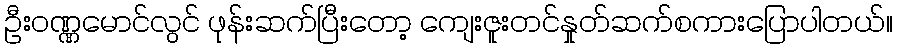
ဦးဝဏ္ဏမောင်လွင် ဖုန်းဆက်ပြီးတော့ ကျေးဇူးတင်နှုတ်ဆက်စကားပြောပါတယ်။